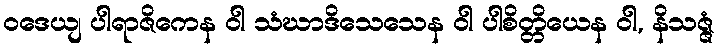
ဝဒေယျ ပါရာဇိကေန ဝါ သံဃာဒိသေသေန ဝါ ပါစိတ္တိယေန ဝါ, နိသဇ္ဇံ